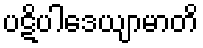
ပဋိပါဒေယျာမာတိ